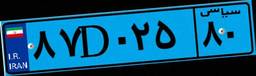
۴۲D۰۶۸۷۶